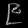
Digit: ၉